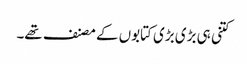
کتنی ہی بڑی بڑی کتابوں کے مصنف تھے۔